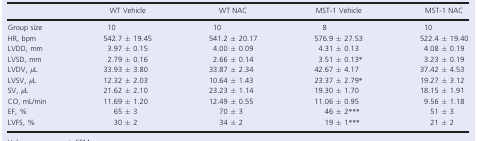
|  | WT Vehicle | WT NAC | MST‐1 Vehicle | MST‐1 NAC |
 | --- | --- | --- | --- | --- |
 | Group size | 10 | 10 | 8 | 10 |
 | HR, bpm | 542.7 ± 19.45 | 541.2 ± 20.17 | 576.9 ± 27.53 | 522.4 ± 19.40 |
 | LVDD, mm | 3.97 ± 0.15 | 4.00 ± 0.09 | 4.31 ± 0.13 | 4.08 ± 0.19 |
 | LVSD, mm | 2.79 ± 0.16 | 2.66 ± 0.14 | 3.51 ± 0.13* | 3.23 ± 0.19 |
 | LVDV, μL | 33.93 ± 3.80 | 33.87 ± 2.34 | 42.67 ± 4.17 | 37.42 ± 4.53 |
 | LVSV, μL | 12.32 ± 2.03 | 10.64 ± 1.43 | 23.37 ± 2.79* | 19.27 ± 3.12 |
 | SV, μL | 21.62 ± 2.10 | 23.23 ± 1.14 | 19.30 ± 1.70 | 18.15 ± 1.91 |
 | CO, mL/min | 11.69 ± 1.20 | 12.49 ± 0.55 | 11.06 ± 0.95 | 9.56 ± 1.18 |
 | EF, % | 65 ± 3 | 70 ± 3 | 46 ± 2*** | 51 ± 3 |
 | LVFS, % | 30 ± 2 | 34 ± 2 | 19 ± 1*** | 21 ± 2 |